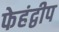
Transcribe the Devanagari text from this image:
फेहंद्वीप